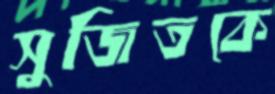
সুজিতকে